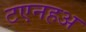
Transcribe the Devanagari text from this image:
टएनहअ